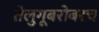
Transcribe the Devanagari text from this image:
तेलुगूबरोबरच